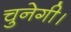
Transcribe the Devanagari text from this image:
चुनेगी।